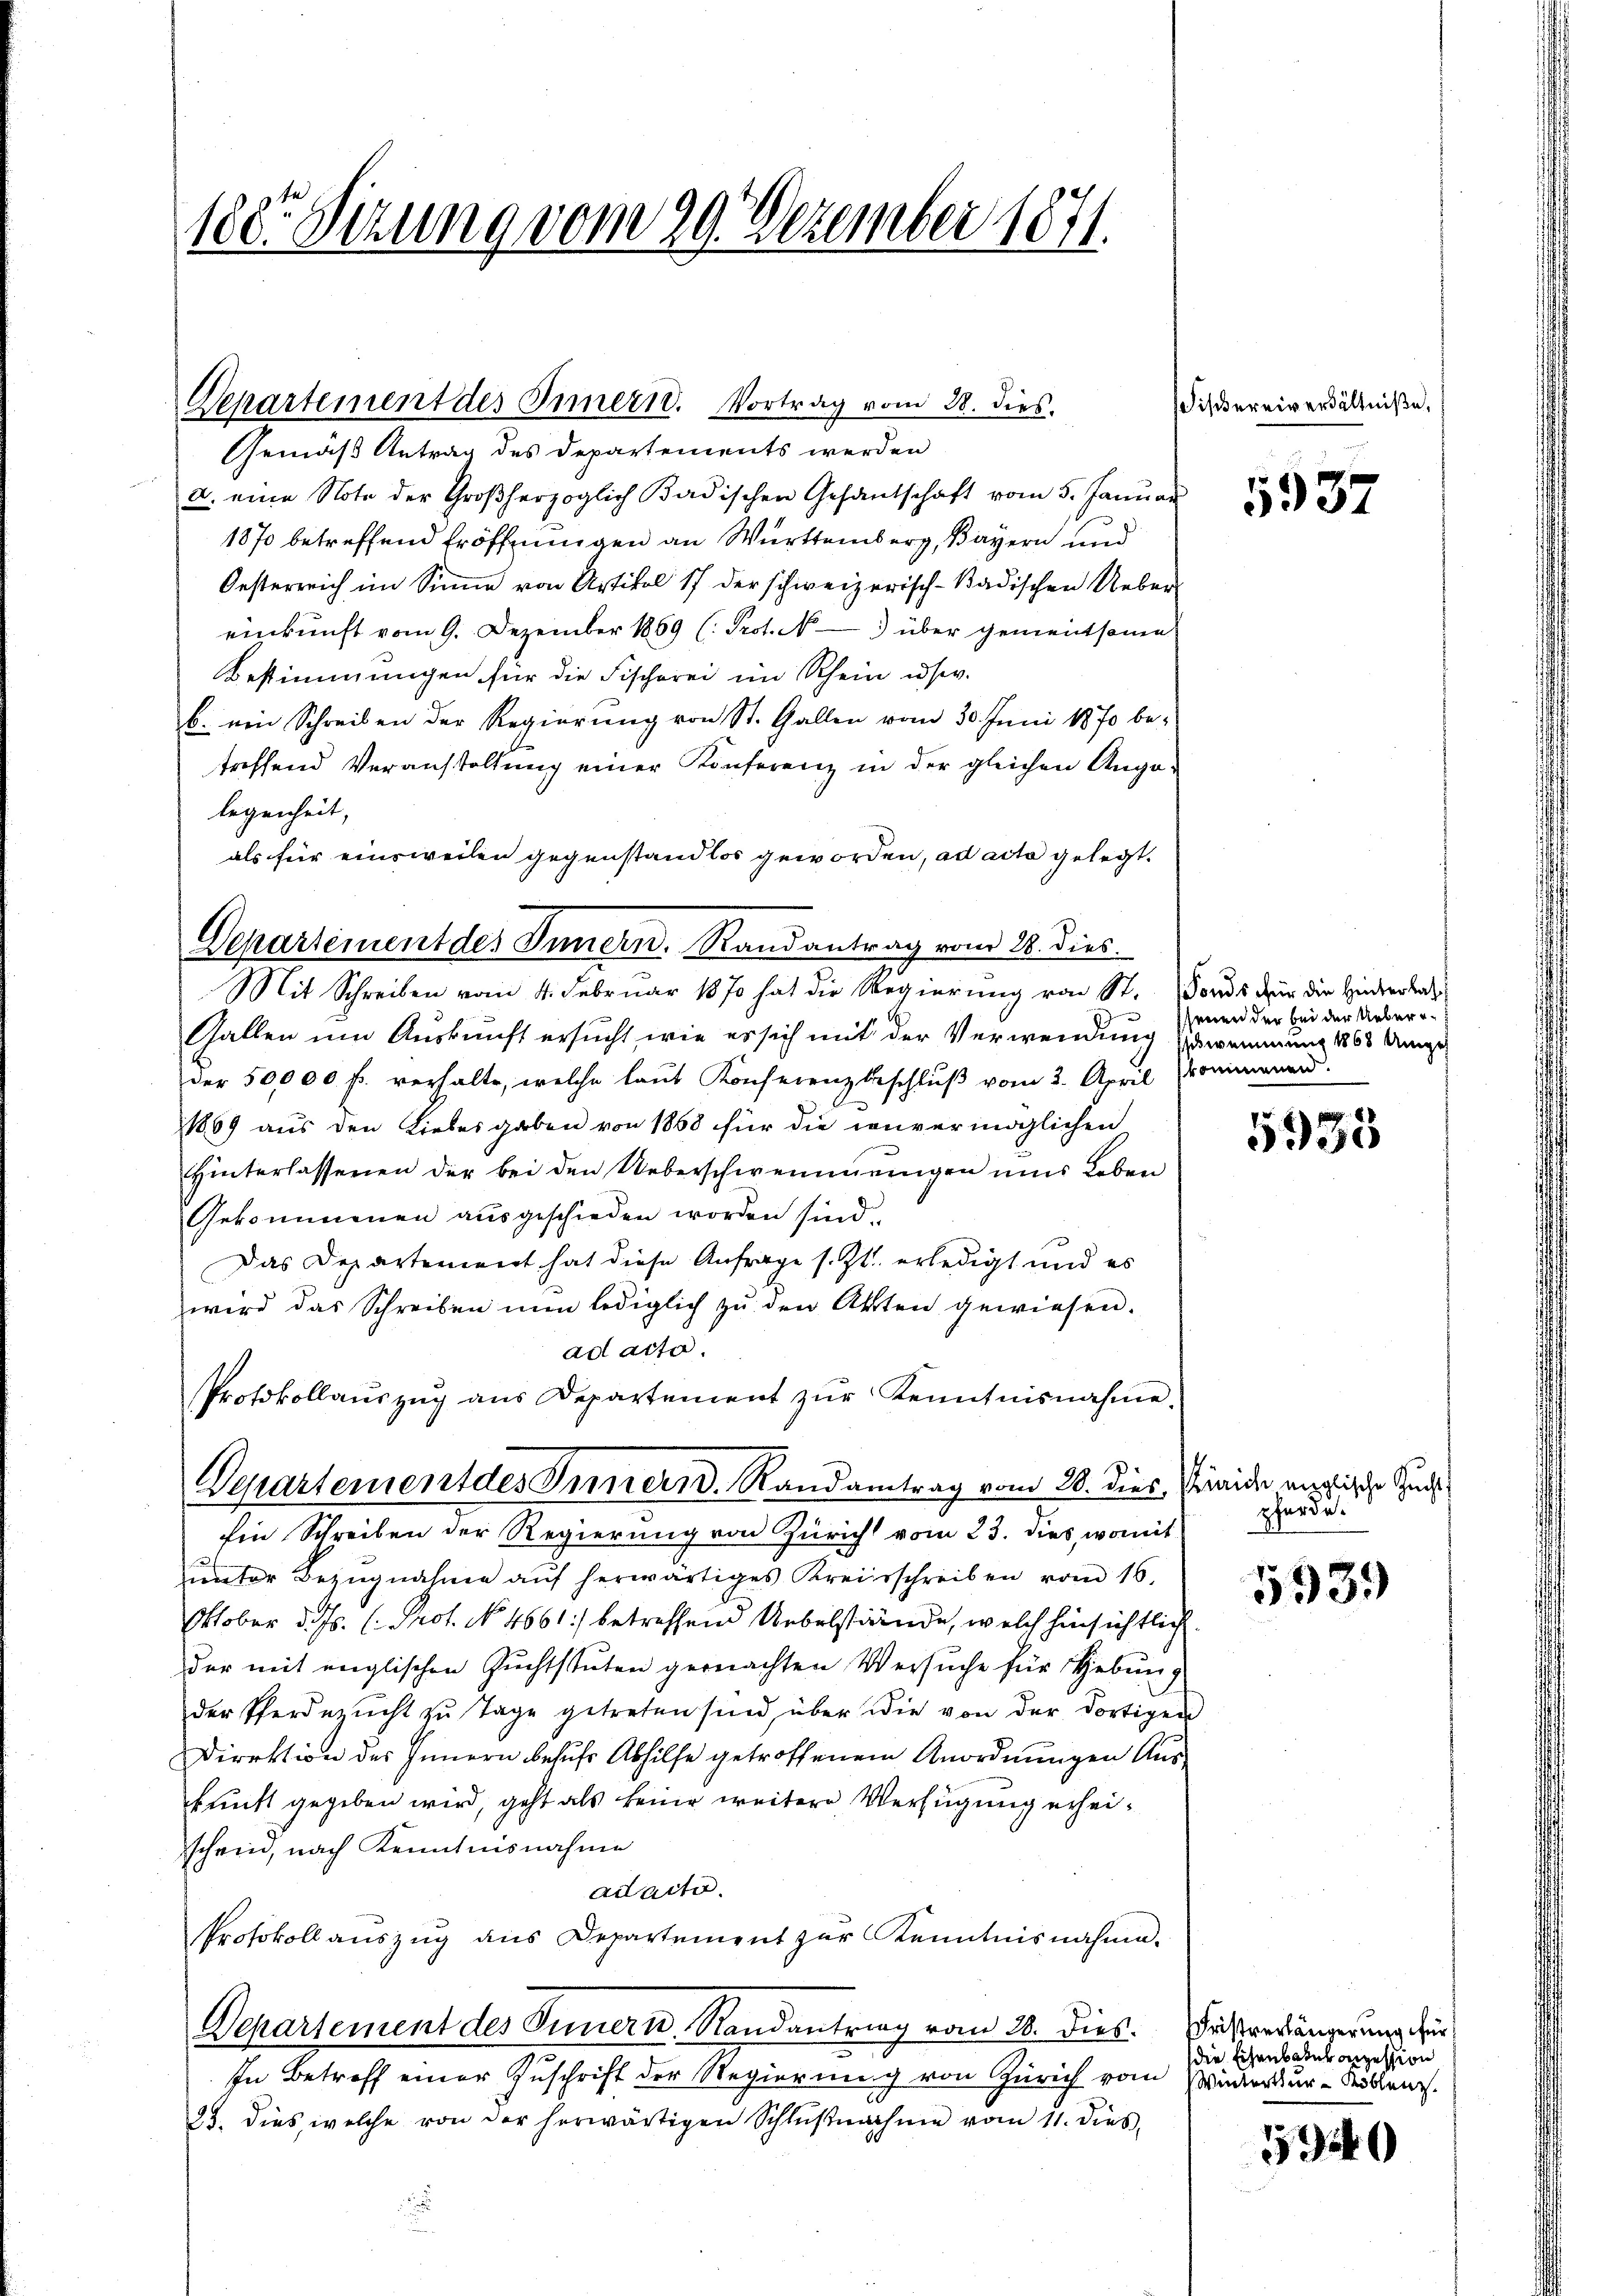
180. Sizung vom 29. Dezember 1871.

Departement des Innern. Vortrag vom 28. dies.

Departement des Innern. Randantrag vom 28. dies.

Gemäß Antrag des Departements werden
a. eine Note der Großherzoglich Badischen Gesantschaft vom 5. Januar
1870 betreffend Eröffnungen an Württemberg, Bayern und
Oesterreich im Sinne von Artikel 17 der schweizerisch-kadischen Uebereinkunft vom 9. Dezember 1869 (: Prot. N. 3 über gementsann
Bestimmungen für die Fischerei im Rhein usw.
b. ein Schreiben der Regierung von St. Gallen vom 30. Juni 1870 be-
treffend Veranstaltung einer Konferenz in der gleichen Ange-
legenheit,
als für einsweilen gegenstandlos geworden, ad acta gelegt.
Mit Schreiben vom 4. Februar 1870 hat die Regierung von St. Fonds für die Hinderlas
Gallen um Auskunft ersucht, wie er sich mit der Verwendung Erwemmung 1868 Auge
der 50,000 f. verhalte, welche laut Konferenzbeschluß vom 2. April Kommann.
1869 aus den Liebesgaben von 1858 für die invermöglichen
Hinterlassenen der bei den Ueberschwemmungen ums Leben
Gekommenen ausgeschieden worden sind.
Das Departeniert hat diese Anfrage s. Zt. erledigt und es
wird das Schreiben nun lediglich zu den Akten gewiesen.
ad acta.
Protokollaŭszŭg ans Departement zŭr Kenntnisnahme.
Departement des Innern. Randantrag vom 28. dies, aide anzische Zuch
Ein Schreiben der Regierung von Zürich vom 23. dies, womit
unter Bezugnahme aŭf herwärtiges Kreisschreiben vom 16.
Oktober d. Js. (: Prof. No. 4661) betreffend Uebelstände, welch hinsichtlich
der mit englischen Zuchtstuten gemachten Versuche für Hebung
der Pferdezŭcht zu Tage getreten sind, über die von der dortigen
Direktion des Innern behufs Abhilfe getroffenem Anordnungen Auskunft gegeben wird, geht als keine weitere Verfügung erheischwind, nach Kenntnisnahme
adaite.
Protokollauszug aus Departement zur Kenntnisnahme.
Departement des Innern, Randantrag vom 28. Dies. Fristverlängerung für
In Betreff einer Zuschrift der Regierung von Zürich vom Wintertur-Köblenz.
25. dies, welche von der herwärtigen Schlŭβnahme vom 11. dies

Fiskereiverhältniße,

5937

senen der bei der Ueber¬

935

pferde.

5933)

die Eisenbaturanzession

5940